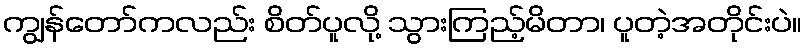
ကျွန်တော်ကလည်း စိတ်ပူလို့ သွားကြည့်မိတာ၊ ပူတဲ့အတိုင်းပဲ။